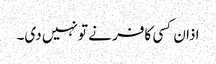
اذان کسی کافر نے تو نہیں دی۔